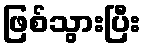
ဖြစ်သွားပြီး